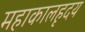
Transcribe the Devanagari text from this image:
महाकालहृदय